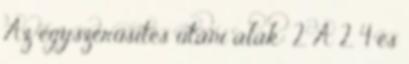
Az egyszerűsítés utáni alak: 2. A 2, 4 és